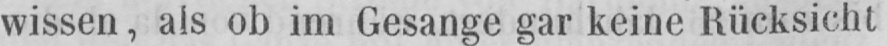
wissen, als ob im Gesänge gar keine Rücksicht